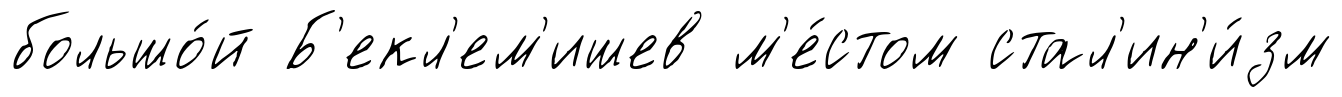
большо́й Б'екл'ем'ишев м'е́стом стал'ин'и́зм